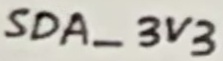
Text: SDA_3V3